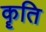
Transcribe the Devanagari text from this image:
कॄति